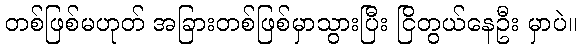
တစ်ဖြစ်မဟုတ် အခြားတစ်ဖြစ်မှာသွားပြီး ငြိတွယ်နေဦး မှာပဲ။